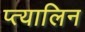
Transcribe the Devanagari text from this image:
प्त्यालिन